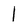
Character: 1